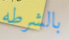
بالشرطه